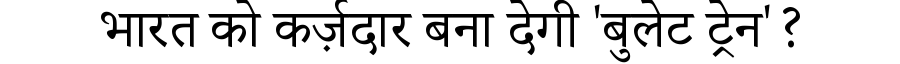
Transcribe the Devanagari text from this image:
भारत को कर्ज़दार बना देगी 'बुलेट ट्रेन'?